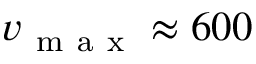
v _ { \mathrm { ~ m ~ a ~ x ~ } } \approx 6 0 0